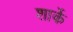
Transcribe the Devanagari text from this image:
शार्के